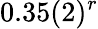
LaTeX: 0.35(2)^{r}